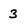
Character: 3